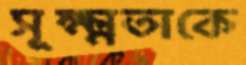
সূক্ষ্মতাকে